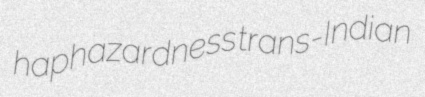
haphazardness trans-Indian